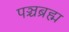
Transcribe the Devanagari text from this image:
पञ्चब्रह्म